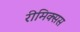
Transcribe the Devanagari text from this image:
रीमिक्सस